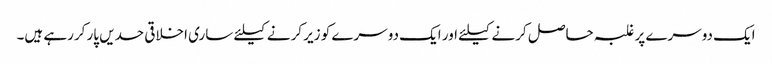
ایک دوسرے پر غلبہ حاصل کرنے کیلئے اور ایک دوسرے کو زیر کرنے کیلئے ساری اخلاقی حدیں پار کررہے ہیں۔